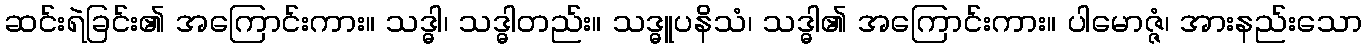
ဆင်းရဲခြင်း၏ အကြောင်းကား။ သဒ္ဓါ၊ သဒ္ဓါတည်း။ သဒ္ဓူပနိသံ၊ သဒ္ဓါ၏ အကြောင်းကား။ ပါမောဇ္ဇံ၊ အားနည်းသော